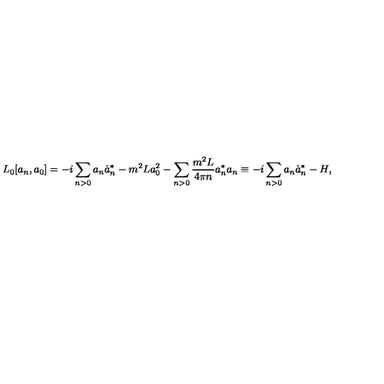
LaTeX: L _ { 0 } [ a _ { n } , a _ { 0 } ] = - i \sum _ { n > 0 } a _ { n } \dot { a } _ { n } ^ { * } - m ^ { 2 } L a _ { 0 } ^ { 2 } - \sum _ { n > 0 } \frac { m ^ { 2 } L } { 4 \pi n } a _ { n } ^ { * } a _ { n } \equiv - i \sum _ { n > 0 } a _ { n } \dot { a } _ { n } ^ { * } - H ,